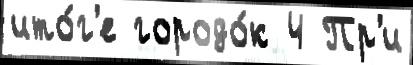
ито́г'е городо́к 4 Пр'и